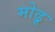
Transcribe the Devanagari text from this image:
मोढू